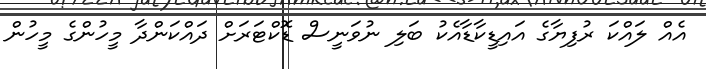
އެއް ލައްކަ ރުފިޔާގެ އައިޑީކާޑާއެކު ބަލި ނުވަނީސް ޑޮކްޓަރަށް ދައްކަންދާ މީހުންގެ މީހުން